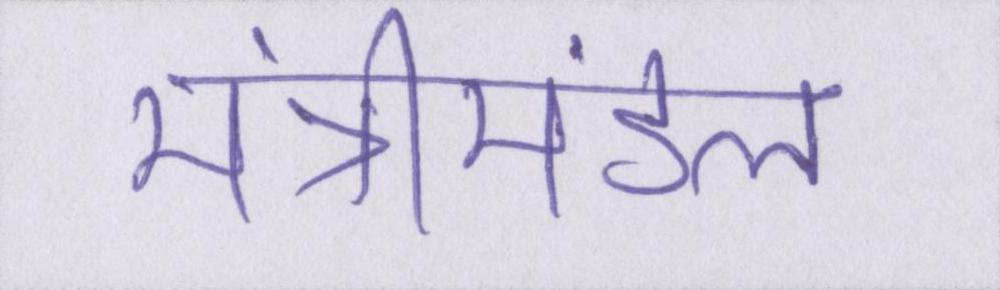
मंत्रीमंडल